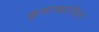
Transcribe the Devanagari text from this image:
कृष्णकामिनी